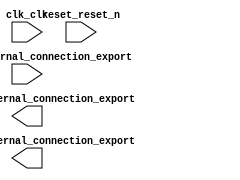

module nios_3pio (
	clk_clk,
	count_pio_external_connection_export,
	reset_reset_n,
	swin_pio_external_connection_export,
	swout_pio_external_connection_export);	

	input		clk_clk;
	output	[15:0]	count_pio_external_connection_export;
	input		reset_reset_n;
	input	[7:0]	swin_pio_external_connection_export;
	output	[15:0]	swout_pio_external_connection_export;
endmodule